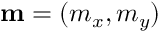
\mathbf { m } = ( m _ { x } , m _ { y } )